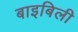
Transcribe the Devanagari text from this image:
बाइबिली